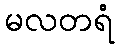
မလတရံ